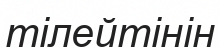
тілейтінін